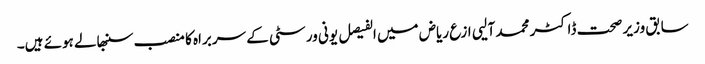
سابق وزیر صحت ڈاکٹر محمد آلیی ازع ریاض میں الفیصل یونی ورسٹی کے سربراہ کا منصب سنبھالے ہوئے ہیں۔